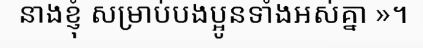
នាងខ្ញុំ សម្រាប់បងប្អូនទាំងអស់គ្នា »។